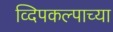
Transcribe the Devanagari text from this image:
व्दिपकल्पाच्या